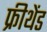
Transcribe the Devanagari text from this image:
फ्रीथेंड